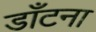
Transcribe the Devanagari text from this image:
डाँटना